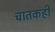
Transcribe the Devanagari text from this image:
चातकही